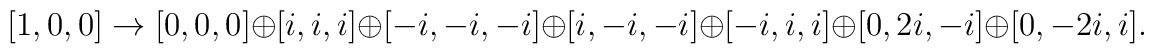
[1,0,0] \to [0,0,0] \oplus [i, i, i]  \oplus [-i, -i, -i]\oplus [i, -i, -i] \oplus [-i, i, i] \oplus [0, 2i, -i] \oplus [0 , -2i, i].